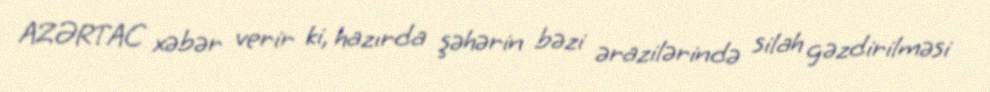
AZƏRTAC xəbər verir ki, hazırda şəhərin bəzi ərazilərində silah gəzdirilməsi